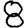
Digit: 8